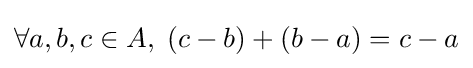
\forall a,b,c\in A,\;(c-b)+(b-a)=c-a